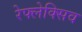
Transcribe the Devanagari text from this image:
रेफ्लेक्सिव